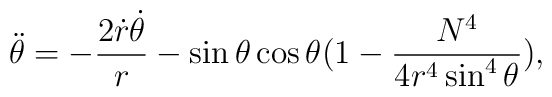
\ddot{\theta}=-\frac{2\dot{r}\dot{\theta}}{r}-\sin\theta\cos\theta(1-\frac{N^4}{4r^4\sin^4\theta}),